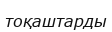
тоқаштарды